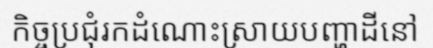
កិច្ចប្រជុំរកដំណោះស្រាយបញ្ហាដីនៅ